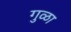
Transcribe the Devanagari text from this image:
गुळा